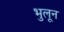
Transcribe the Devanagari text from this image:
भुलून